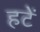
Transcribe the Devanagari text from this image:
हटें